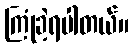
ကြုံခဲ့ရပါတယ်။